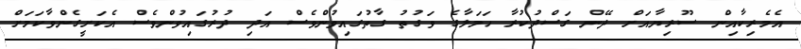
އެމެރިކާއިން ސޫރިޔާއަށް ދޭން ގަސްދުކުރާ ހަމަލާގެ ވަގުތު ގާތުގައިވުންވެސް އަދި ދުރުގައިވުންވެސް އެކަށީގެންވާކަމަށް